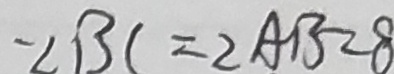
- \angle B C = 2 A B = 8